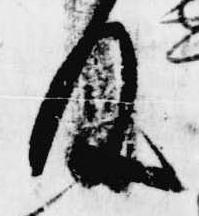
及